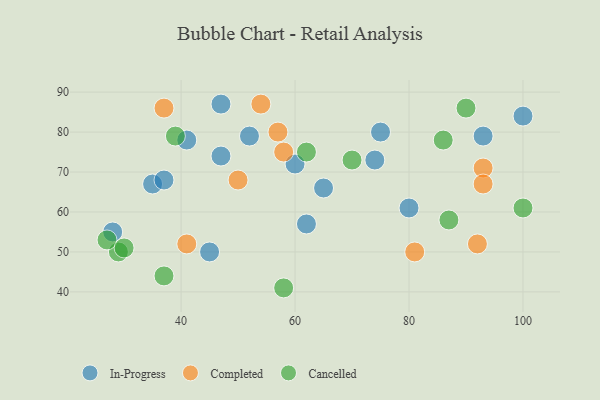
{"axis": {"x": "GDP", "y": "Life Expectancy"}, "legend": ["Cancelled", "Completed", "In-Progress"], "data": [{"x": "35", "y": 67, "type": "In-Progress"}, {"x": "74", "y": 73, "type": "In-Progress"}, {"x": "100", "y": 84, "type": "In-Progress"}, {"x": "65", "y": 66, "type": "In-Progress"}, {"x": "52", "y": 79, "type": "In-Progress"}, {"x": "47", "y": 87, "type": "In-Progress"}, {"x": "75", "y": 80, "type": "In-Progress"}, {"x": "41", "y": 78, "type": "In-Progress"}, {"x": "45", "y": 50, "type": "In-Progress"}, {"x": "80", "y": 61, "type": "In-Progress"}, {"x": "62", "y": 57, "type": "In-Progress"}, {"x": "37", "y": 68, "type": "In-Progress"}, {"x": "60", "y": 72, "type": "In-Progress"}, {"x": "47", "y": 74, "type": "In-Progress"}, {"x": "93", "y": 79, "type": "In-Progress"}, {"x": "28", "y": 55, "type": "In-Progress"}, {"x": "81", "y": 50, "type": "Completed"}, {"x": "57", "y": 80, "type": "Completed"}, {"x": "92", "y": 52, "type": "Completed"}, {"x": "50", "y": 68, "type": "Completed"}, {"x": "41", "y": 52, "type": "Completed"}, {"x": "58", "y": 75, "type": "Completed"}, {"x": "54", "y": 87, "type": "Completed"}, {"x": "37", "y": 86, "type": "Completed"}, {"x": "93", "y": 71, "type": "Completed"}, {"x": "93", "y": 67, "type": "Completed"}, {"x": "62", "y": 75, "type": "Cancelled"}, {"x": "29", "y": 50, "type": "Cancelled"}, {"x": "58", "y": 41, "type": "Cancelled"}, {"x": "100", "y": 61, "type": "Cancelled"}, {"x": "87", "y": 58, "type": "Cancelled"}, {"x": "27", "y": 53, "type": "Cancelled"}, {"x": "30", "y": 51, "type": "Cancelled"}, {"x": "70", "y": 73, "type": "Cancelled"}, {"x": "37", "y": 44, "type": "Cancelled"}, {"x": "86", "y": 78, "type": "Cancelled"}, {"x": "90", "y": 86, "type": "Cancelled"}, {"x": "39", "y": 79, "type": "Cancelled"}]}